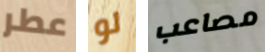
عطر لو مصاعب